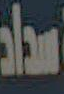
سداد